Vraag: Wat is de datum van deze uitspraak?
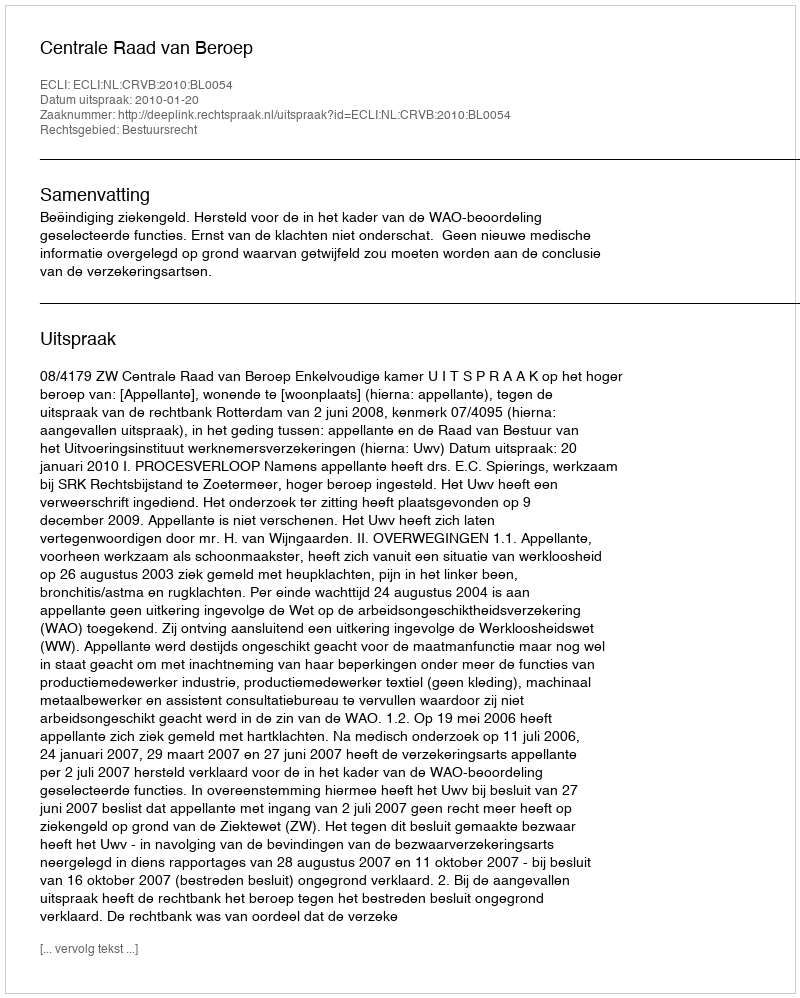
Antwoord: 2010-01-20